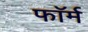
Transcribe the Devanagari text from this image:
फाॅर्म